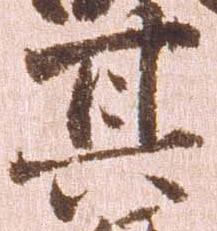
其